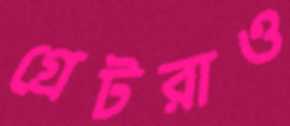
গ্রেটরাও